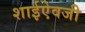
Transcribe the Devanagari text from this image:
शाईऐवजी